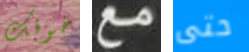
خوفك مع حتى